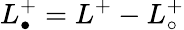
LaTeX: L_{\bullet}^{+}=L^{+}-L_{\circ}^{+}